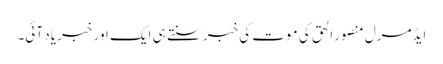
ایڈمرل منصور الحق کی موت کی خبر سنتے ہی ایک اور خبر یاد آئی۔